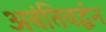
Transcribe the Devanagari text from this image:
अवंतिवर्द्धन